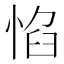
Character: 惂